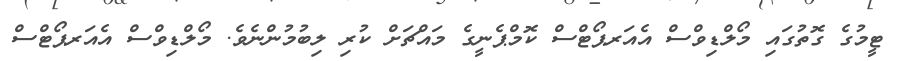
ޓީމުގެ ގޮތުގައި މޯލްޑިވްސް އެއަރޕޯޓްސް ކޮމްޕެނީގެ މައްޗަށް ކުރި ލިބުމުންނެވެ. މޯލްޑިވްސް އެއަރޕޯޓްސް